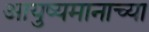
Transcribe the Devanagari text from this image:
आयुष्यमानाच्या